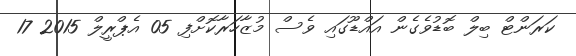
ކަރަންޓް ބިލް ބޮޑުވެގެން އައްޑޫގައި ވެސް މުޒާހަރާކޮށްފި 05 އެޕްރީލް 2015 17